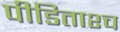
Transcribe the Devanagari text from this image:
पीडिताश्च